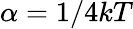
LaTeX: \alpha=1/4kT